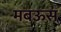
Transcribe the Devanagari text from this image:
मबऊस